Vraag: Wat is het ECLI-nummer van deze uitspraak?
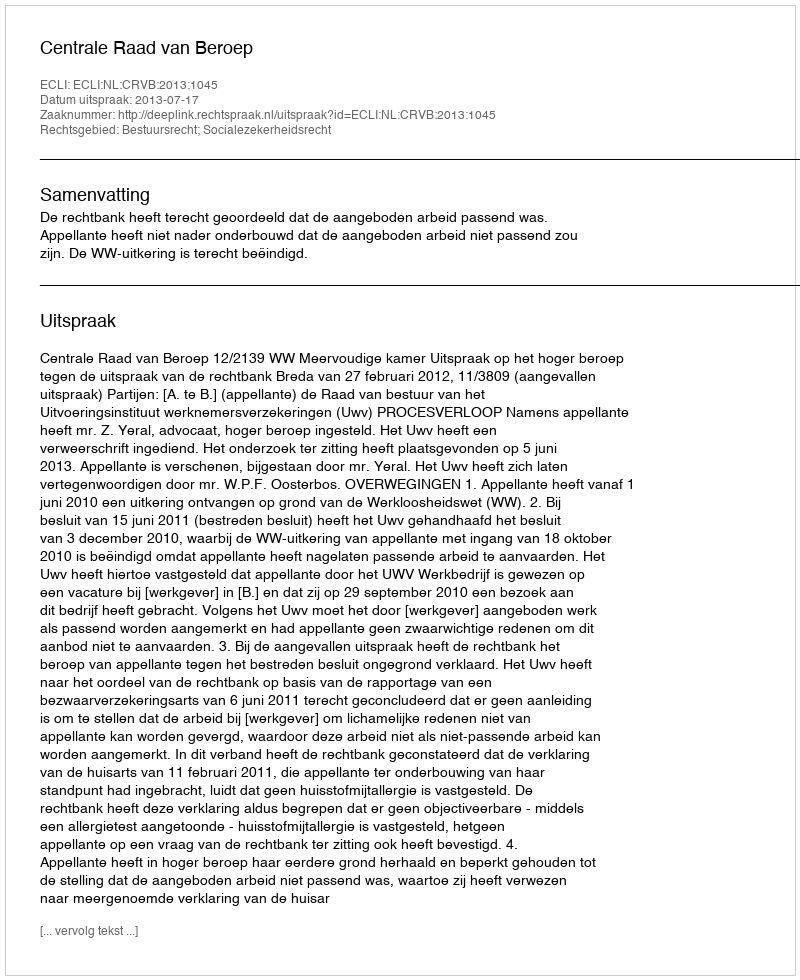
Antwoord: ECLI:NL:CRVB:2013:1045